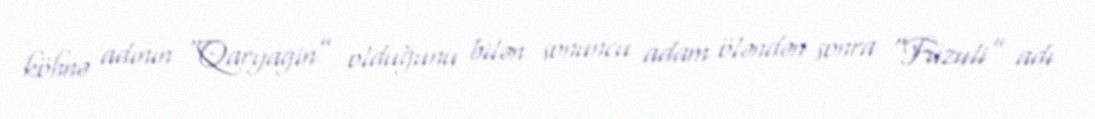
köhnə adının “Qaryagin” olduğunu bilən sonuncu adam öləndən sonra “Füzuli” adı